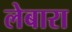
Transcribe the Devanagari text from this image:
लेबारा